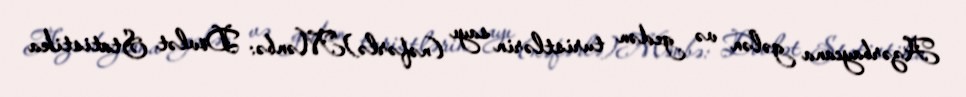
Azərbaycana gələn və gedən turistlərin sayı (nəfərlə)Mənbə: Dövlət Statistika